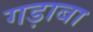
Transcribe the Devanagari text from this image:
गड़ाबा